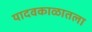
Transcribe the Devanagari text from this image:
यादवकाळातला